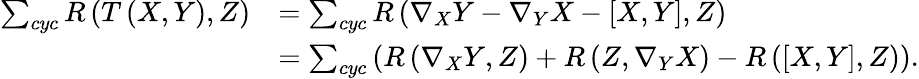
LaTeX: \begin{array}{rl}{\sum_{cyc}R\left(T\left(X,Y\right),Z\right)}&{=\sum_{cyc}R\left(\nabla_{X}Y-\nabla_{Y}X-\left[X,Y\right],Z\right)\mathrm{\ \ \ \ \ \ \ \ \ \ \ \ \ \ \ \ \ \ \ \ \ \ \ \ }}\\ &{=\sum_{cyc}\left(R\left(\nabla_{X}Y,Z\right)+R\left(Z,\nabla_{Y}X\right)-R\left(\left[X,Y\right],Z\right)\right).}\end{array}